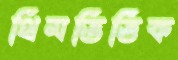
থিমভিত্তিক